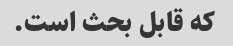
که قابل بحث است.